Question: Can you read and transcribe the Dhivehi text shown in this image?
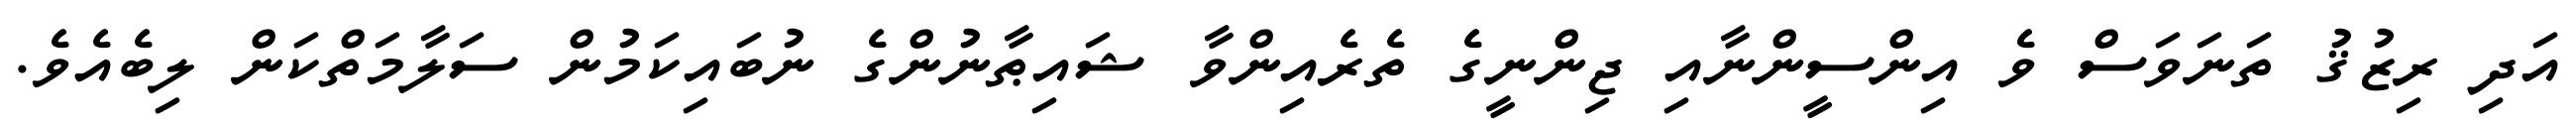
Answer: އަދި ރިޒުޤު ތަނަވަސް ވެ އިންސީންނާއި ޖިންނީގެ ތެރެއިންވާ ޝައިޠާނުންގެ ނުބައިކަމުން ސަލާމަތްކަން ލިބެއެވެ.